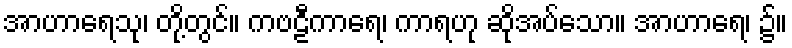
အာဟာရေသု၊ တို့တွင်။ ကဗဠီကာရေ၊ ကာရဟု ဆိုအပ်သော။ အာဟာရေ၊ ၌။